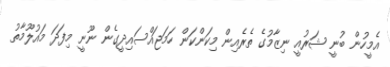
އެމީހުން ބުނީ ޝަރުއީ ނިޒާމުގެ ތެރެއިން މިކަންކަން ހަމަޖައްސައިދީގެން ނޫނީ މިފަދަ މައުލޫމާތު